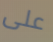
على